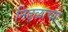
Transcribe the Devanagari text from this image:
निढ़ळाच्या